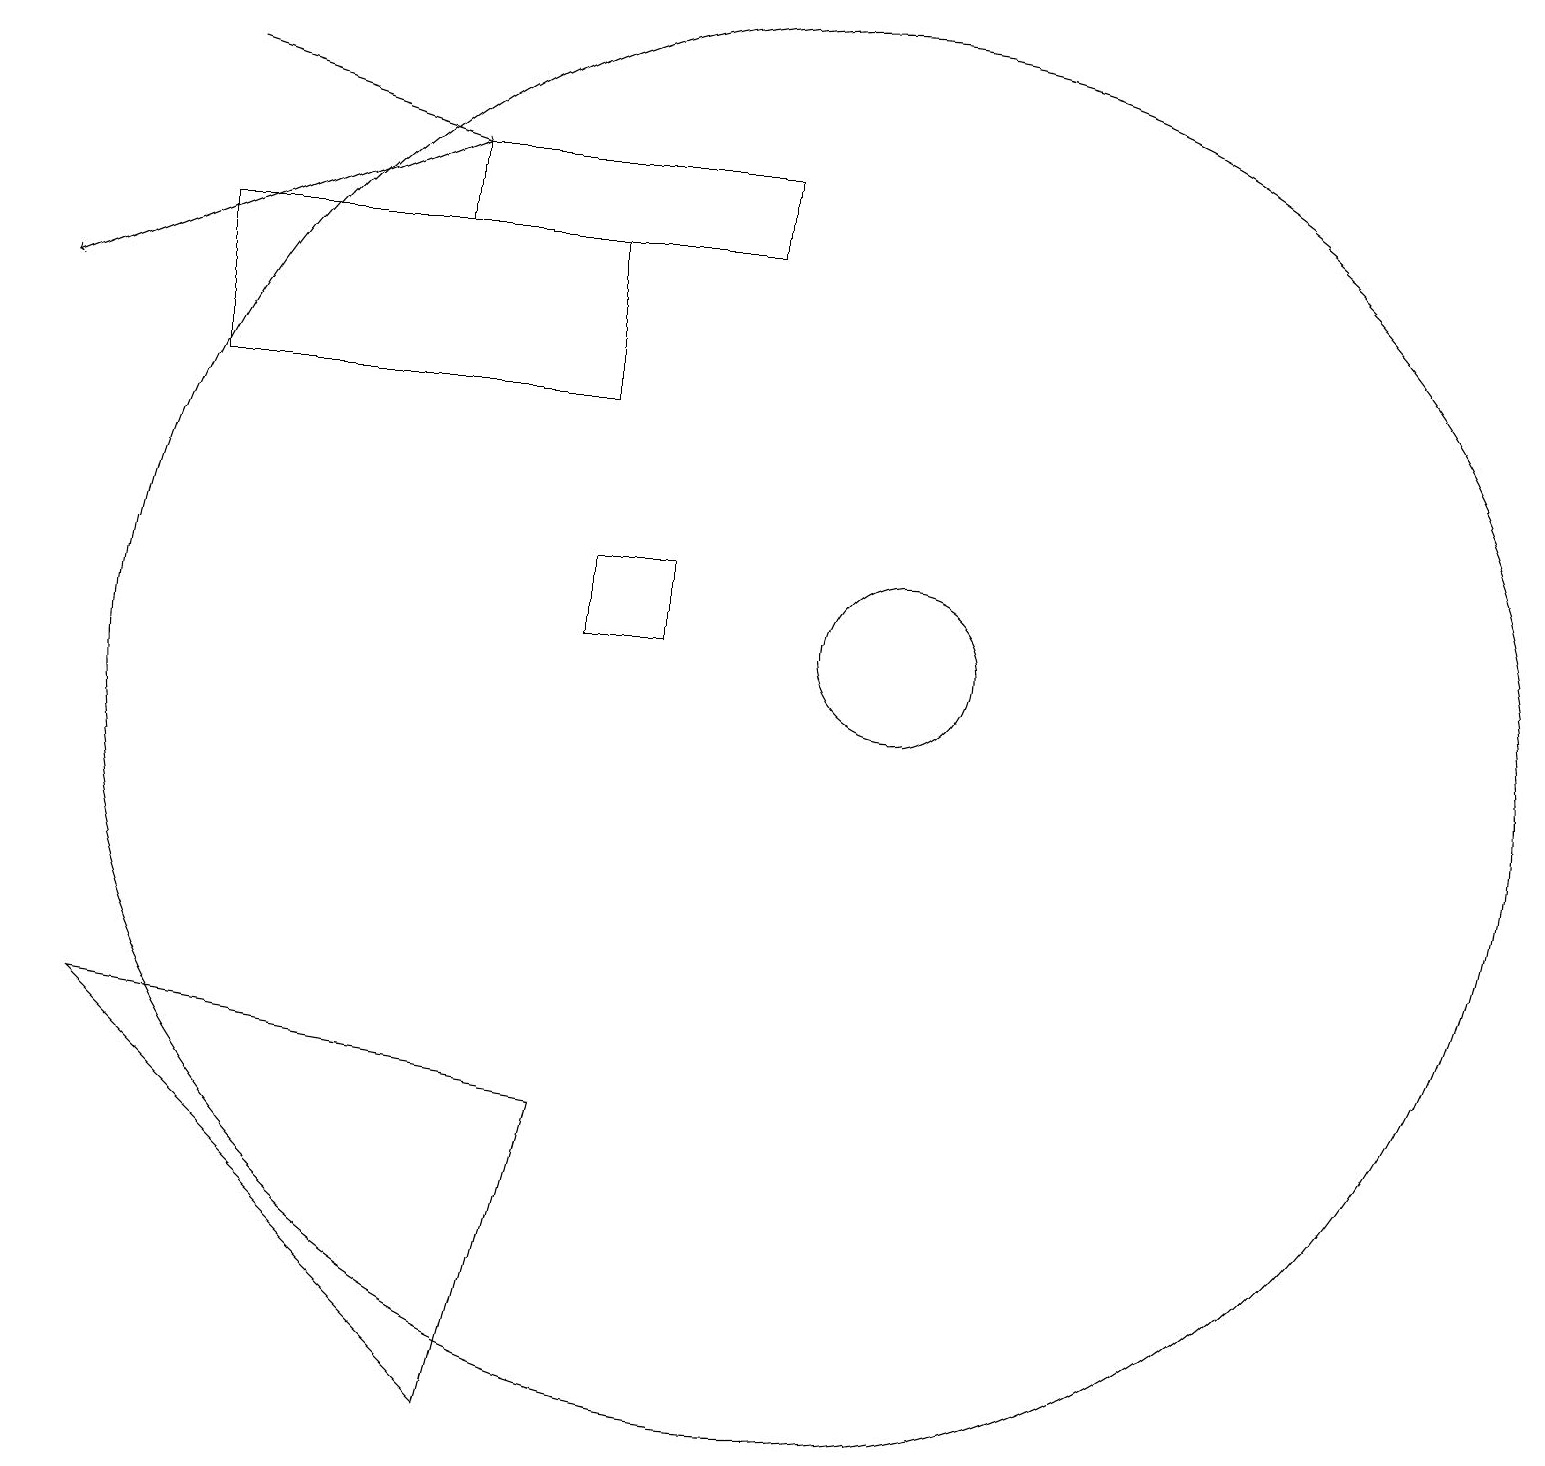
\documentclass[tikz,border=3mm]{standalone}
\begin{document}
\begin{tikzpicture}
\draw (7,14) rectangle (2,16);
\draw (8,11) rectangle (7,12);
\draw (9,16) rectangle (5,17);
\draw[->] (5,17) -- (0,15);
\draw (11,11) circle (1);
\draw (10,10) circle (9);
\draw[->] (2,18) -- (5,17);
\draw (1,6) -- (6,1) -- (7,5) -- cycle;
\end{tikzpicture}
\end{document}